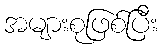
အများစုဖြစ်ပြီး